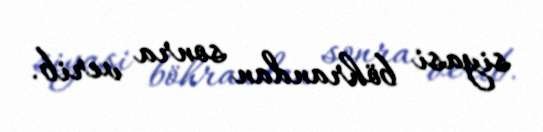
siyasi böhrandan sonra verib.